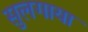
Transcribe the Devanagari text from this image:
सुलगाया